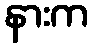
နားက